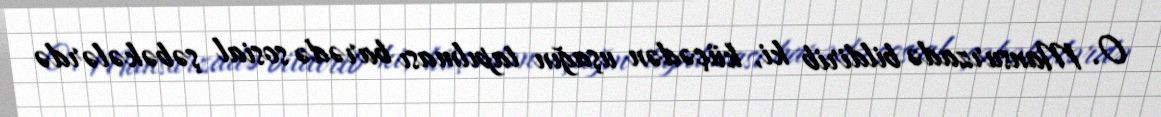
O. Mansurzadə bildirib ki, küçədən uşağın tapılması barədə sosial şəbəkələrdə